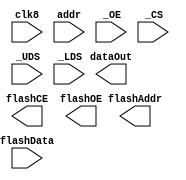
module ramAdapter(
	 // CPU interface
	 input clk8,
    input [20:0] addr, // word address
	 output [15:0] dataOut,
    input _OE,
    input _CS,
    input _UDS,
    input _LDS,
	 
	 // external interface to 8-bit Flash
	 output [21:0] flashAddr, // byte address
	 input [7:0] flashData,
	 output flashCE,
	 output flashOE
);

endmodule